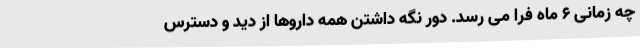
چه زمانی 6 ماه فرا می رسد. دور نگه داشتن همه داروها از دید و دسترس